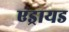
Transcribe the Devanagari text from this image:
एड्रायड